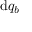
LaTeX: \mathrm { d } q _ { b }